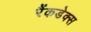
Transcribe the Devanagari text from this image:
रैंकडेक्स